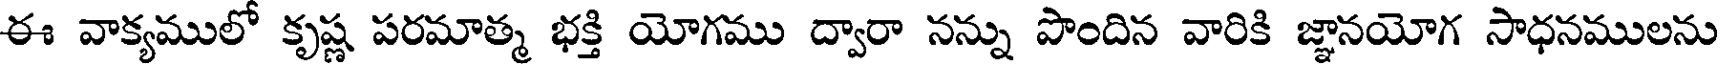
ఈ వాక్యములో కృష్ణ పరమాత్మ భక్తి యోగము ద్వారా నన్ను పొందిన వారికి జ్ఞానయోగ సాధనములను